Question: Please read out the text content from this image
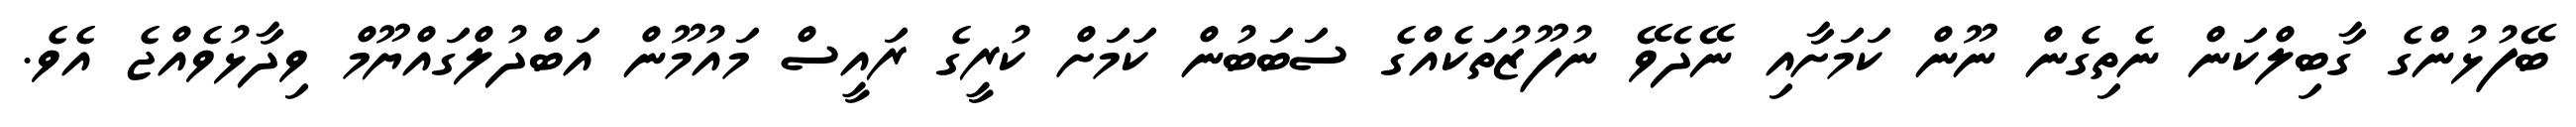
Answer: ބޭފުޅުންގެ ގާބިލްކަން ނެތިގެން ނޫން ކަމަށާއި ނޭދެވޭ ނުފޫޒުތަކެއްގެ ސަބަބުން ކަމަށް ކުރީގެ ރައީސް މައުމޫން އަބްދުލްގައްޔޫމް ވިދާޅުވެއްޖެ އެވެ.